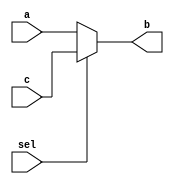
`timescale 1ns / 1ps
module mux_behav(input a, c, sel, output reg b);
   always @(a, c, sel)
      if (sel == 0)
         b = a;
      else
         b = c;
endmodule